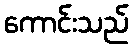
ကောင်းသည်